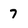
Character: 7